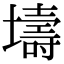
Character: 壔